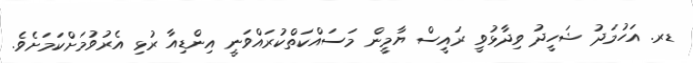
ޑރ. އަހުމަދު ޝަހީދު ވިދާޅުވީ ރައީސް ޔާމީން މަސައްކަތްކުރައްވަނީ އިންޑިއާ ރުޅި އެރުވުމަށްކަމަށެވެ.